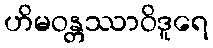
ဟိမဝန္တဿာဝိဒူရေ